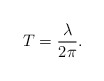
\begin{align*}T = \frac{\lambda}{2 \pi}.\end{align*}